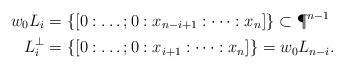
LaTeX: \begin{align*}w_0L_i &=\{[0: \dots; 0: x_{n-i+1}: \dots:x_n]\} \subset \P^{n-1}\\L_i^\bot &= \{[0: \dots; 0: x_{i+1}: \dots:x_n]\} = w_0L_{n-i}.\end{align*}